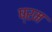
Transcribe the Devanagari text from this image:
ष्रम